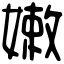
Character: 嫰